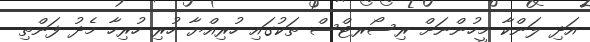
އަދި ލަންކާ މީހުންނަށް ރިސޯރޓްސް ތަކުގައި ހުރިއްޔާ ހުރި ހުރިހާ މެދު ފަންތި